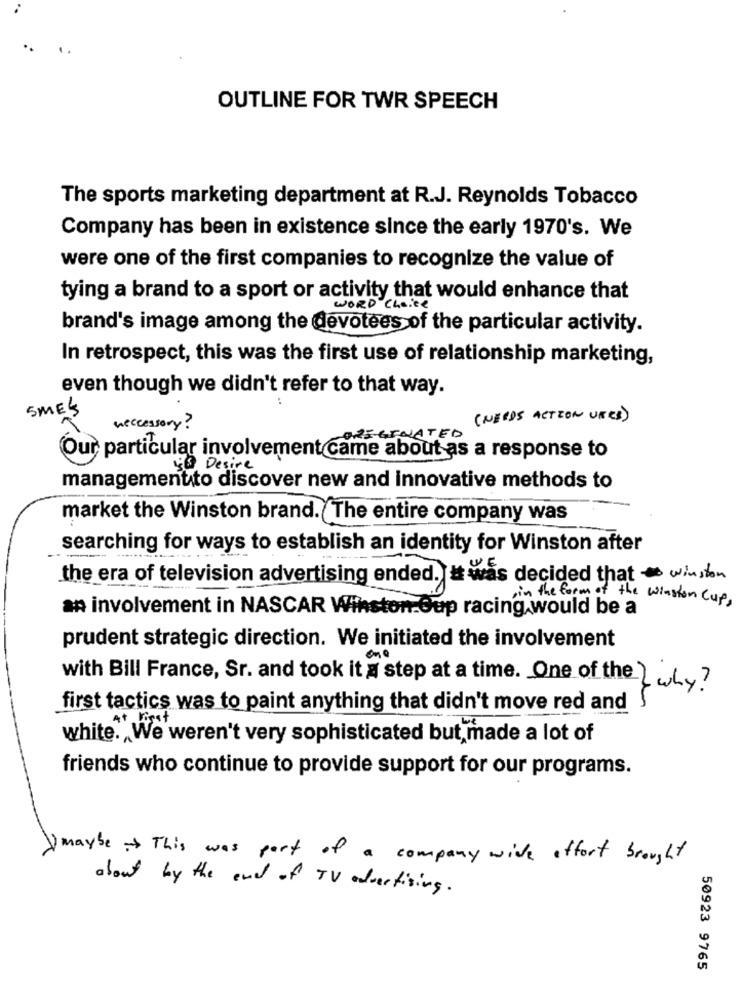
OUTLINE FOR TWR SPEECH
The sports marketing department at R.J. Reynolds Tobacco
Company has been in existence since the early 1970's. We
were one of the first companies to recognize the value of
tying a brand to a sport or activity that would enhance that
WORD choice
brand's image among the devotees of the particular activity.
In retrospect, this was the first use of relationship marketing,
even though we didn't refer to that way.
5MES
(NEEDS ACTION URES )
neccessary ?
ORIGINATED
Our particular involvement came about as a response to
50 Desire
management to discover new and innovative methods to
market the Winston brand. The entire company was
searching for ways to establish an identity for Winston after
the era of television advertising ended. I was decided that winston
in the form of the winston cup,
an involvement in NASCAR Winston Oup racing would be a
prudent strategic direction. We initiated the involvement
with Bill France, Sr. and took it a step at a time. One of the & why?
first tactics was to paint anything that didn't move red and
white. We weren't very sophisticated but, made a lot of
friends who continue to provide support for our programs.
Umaybe This was part of a company wide affort brought
about by the end of TV advertising .
50923 9765